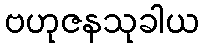
ဗဟုဇနသုခါယ